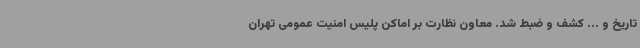
تاریخ و ... کشف و ضبط شد. معاون نظارت بر اماکن پلیس امنیت عمومی تهران